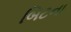
બિટના